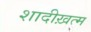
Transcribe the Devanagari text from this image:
शादीख़त्म